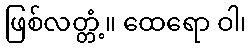
ဖြစ်လတ္တံ့။ ထေရော ဝါ၊